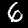
Label: 6